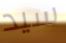
سيد